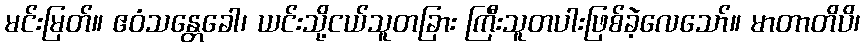
မင်းမြတ်။ ဧဝံသန္တေခေါ၊ ယင်းသို့ငယ်သူတခြား ကြီးသူတပါးဖြစ်ခဲ့လေသော်။ မာတာတိပိ၊